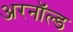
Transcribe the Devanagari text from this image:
अरनॉल्‍ड